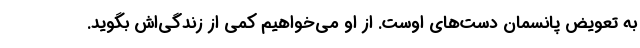
به تعویض پانسمان دست‌های اوست. از او می‌خواهیم کمی از زندگی‌اش بگوید.